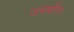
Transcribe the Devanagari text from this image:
जनार्थनन